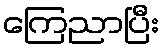
ကြေညာပြီး